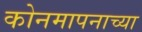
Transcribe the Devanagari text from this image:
कोनमापनाच्या